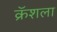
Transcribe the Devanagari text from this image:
क्रॅशला